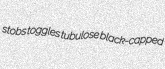
stobs toggles tubulose black-capped